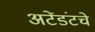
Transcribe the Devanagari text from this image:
अटेंडंटचे